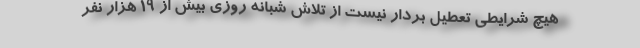
هیچ شرایطی تعطیل بردار نیست از تلاش شبانه روزی بیش از ۱۹ هزار نفر